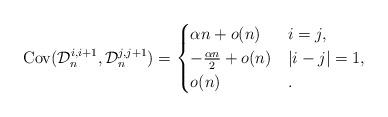
LaTeX: \begin{align*}\operatorname{Cov}(\mathcal{D}^{i,i+1}_n,\mathcal{D}^{j,j+1}_n) =\begin{cases}\alpha n + o(n) & i = j, \\-\frac {\alpha n}2 + o(n) & |i-j|=1, \\o(n) & .\end{cases} \end{align*}